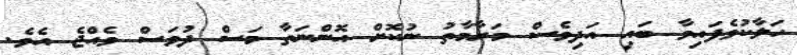
ހަލާކުވެފައިވާ ބައި އަދިވެސް މަރާމާތު ނުކޮށް އޮންނަތާ މަސް ދުވަސް ވެއްޖެ އެވެ.